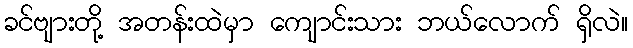
ခင်ဗျားတို့ အတန်းထဲမှာ ကျောင်းသား ဘယ်လောက် ရှိလဲ။